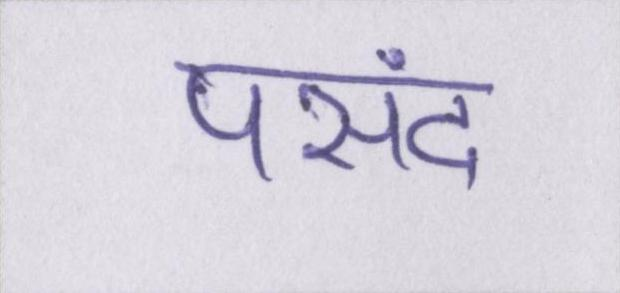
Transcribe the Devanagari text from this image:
पसंद